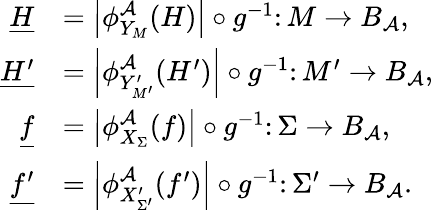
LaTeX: \begin{array}{rl}{\underline{{H}}}&{=\left|\phi_{Y_{M}}^{\mathcal{A}}(H)\right|\circ g^{-1}\colon M\to B_{\mathcal{A}},}\\ {\underline{{H^{\prime}}}}&{=\left|\phi_{Y_{M^{\prime}}^{\prime}}^{\mathcal{A}}(H^{\prime})\right|\circ g^{-1}\colon M^{\prime}\to B_{\mathcal{A}},}\\ {\underline{{f}}}&{=\left|\phi_{X_{\Sigma}}^{\mathcal{A}}(f)\right|\circ g^{-1}\colon\Sigma\to B_{\mathcal{A}},}\\ {\underline{{f^{\prime}}}}&{=\left|\phi_{X_{\Sigma^{\prime}}^{\prime}}^{\mathcal{A}}(f^{\prime})\right|\circ g^{-1}\colon\Sigma^{\prime}\to B_{\mathcal{A}}.}\end{array}